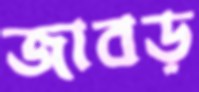
জাবড়